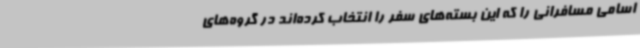
اسامی مسافرانی را که این بسته‌های سفر را انتخاب کرده‌اند در گروه‌های